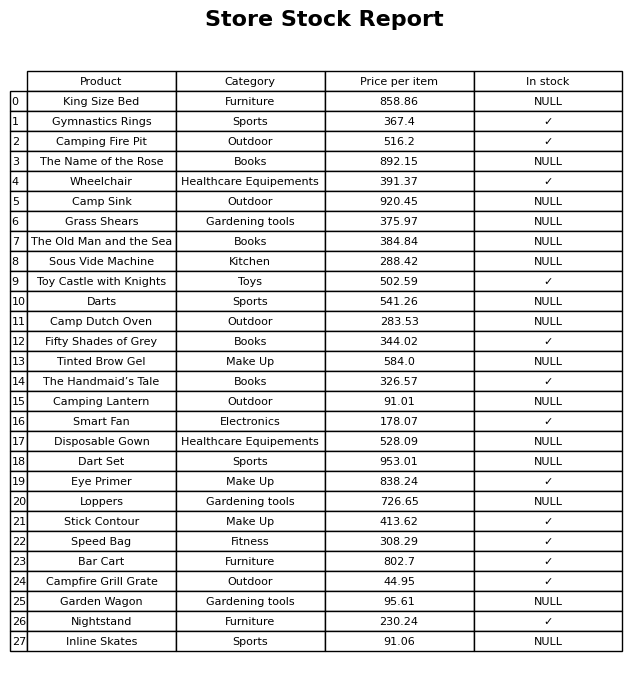
question: Which products are available in stock?
answer: Gymnastics Rings, Camping Fire Pit, Wheelchair, Toy Castle with Knights, Fifty Shades of Grey, The Handmaid’s Tale, Smart Fan, Eye Primer, Stick Contour, Speed Bag, Bar Cart, Campfire Grill Grate, Nightstand